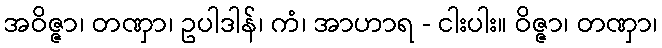
အဝိဇ္ဇာ၊ တဏှာ၊ ဥပါဒါန်၊ ကံ၊ အာဟာရ - ငါးပါး။ ဝိဇ္ဇာ၊ တဏှာ၊